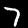
Digit: 7